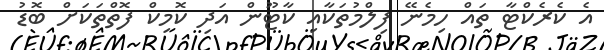
އެ ކެރެކްޓާ ތައް ހިމެނޭ ފިލްމުތަކާއި ކާޓޫން އަދި ކޮމިކް ފޮތްތަކަށް ބޮޑު